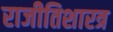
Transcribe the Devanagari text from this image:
राजीतिशारत्र